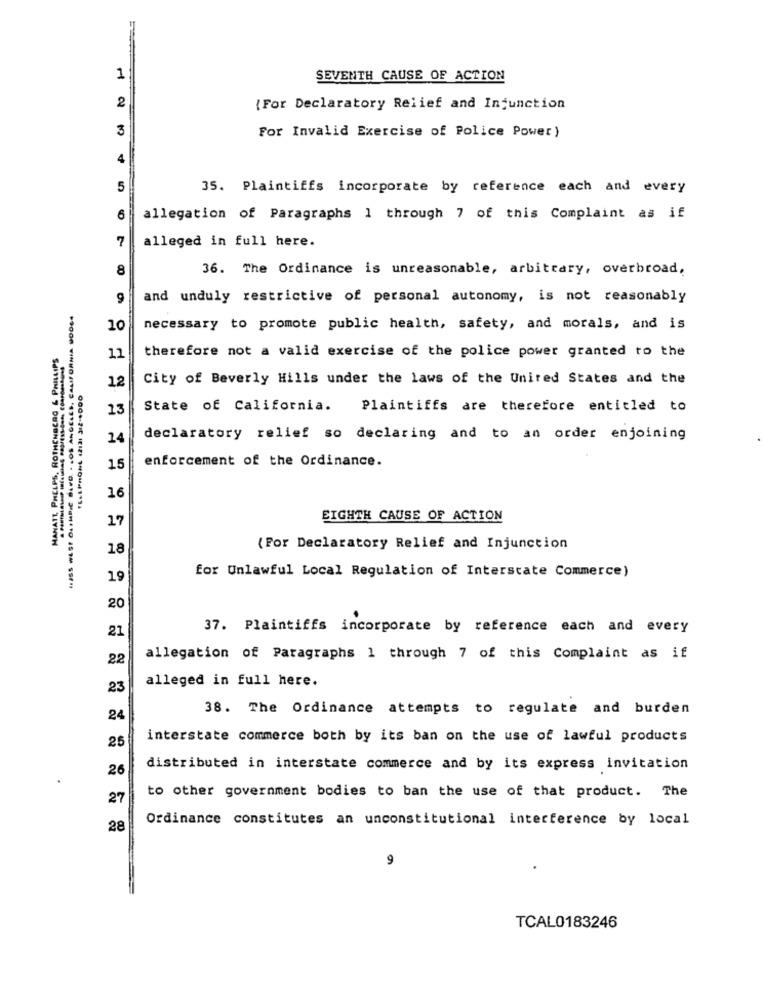
1
SEVENTH CAUSE OF ACTION
2
{For Declaratory Relief and Injunction
3
For Invalid Exercise of Police Power)
4
5
35. Plaintiffs incorporate by reference each and every
6
allegation of Paragraphs 1 through 7 of this Complaint as if
7
alleged in full here.
8
36. The Ordinance is unreasonable, arbitrary, overbroad,
9
and unduly restrictive of personal autonomy, is not reasonably
10
necessary to promote public health, safety, and morals, and is
MANATT, PHELPS, ROTHENBERG & PHILLIPS
11
therefore not a valid exercise of the police power granted to the
12
City of Beverly Hills under the laws of the United States and the
13
State of California.
Plaintiffs are therefore entitled to
14
declaratory relief so declaring and to an order enjoining
enforcement of the Ordinance.
15
16
17
EIGHTH CAUSE OF ACTION
18
(For Declaratory Relief and Injunction
for Unlawful Local Regulation of Interstate Commerce)
19
20
21
37. Plaintiffs incorporate by reference each and every
22
allegation of Paragraphs 1 through 7 of this Complaint as if
alleged in full here.
23
38. The Ordinance attempts to regulate and burden
24
interstate commerce both by its ban on the use of lawful products
25
26
distributed in interstate commerce and by its express invitation
to other government bodies to ban the use of that product. The
27
Ordinance constitutes an unconstitutional interference by local
28
9
TCAL0183246